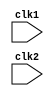
module risc_pro(clk1,clk2);
input     clk1,clk2;                            //Two phase clock
reg[31:0] pc,if_id_ir,if_id_npc;
reg[31:0] id_ex_ir,id_ex_npc,id_ex_a,id_ex_b,id_ex_imm;
reg[2:0]  id_ex_type,ex_mem_type,mem_wb_type;
reg[31:0] ex_mem_ir,ex_mem_aluout,ex_mem_b;
reg       ex_mem_cond;
reg[31:0] mem_wb_ir,mem_wb_aluout,mem_wb_lmd;

reg[31:0] Reg [0:31];
reg[31:0] Mem [0:1023];

parameter ADD=6'b000000, SUB=6'b000001, AND=6'b000010, OR=6'b000011, SLT=6'b000100, MUL=6'b000101, HLT=6'b111111, 
      LW=6'b001000,SW=6'b001001, ADDI=6'b001010, SUBI=6'b001011, SLTI=6'b001100, BNEQZ=6'b001101, BEQZ=6'b001110;
parameter RR_ALU=3'b000,RM_ALU=3'b001,LOAD=3'b010,STORE=3'b011,BRANCH=3'b100,HALT=3'b101; 

reg halted;
reg taken_branch;

always @(posedge clk1)
if(halted==0)
begin 
if(((ex_mem_ir[31:26]==BEQZ)&&(ex_mem_cond==1)) || ((ex_mem_ir[31:26]==BNEQZ)&&(ex_mem_cond==0)))
begin
if_id_ir <= #2 Mem[ex_mem_aluout];
taken_branch <= #2 1'b1;
if_id_npc <= #2 ex_mem_aluout+1;
pc <= #2 ex_mem_aluout+1;
end
else
begin
if_id_ir <= #2 Mem[pc];
if_id_npc <= #2 pc+1;
pc <= #2 pc+1;
end
end

always @(posedge clk2)
if (halted==0)
begin
if(if_id_ir[25:21]==5'b00000) 
id_ex_a<=0;
else 
id_ex_a <= #2 Reg[if_id_ir[25:21]];  //rs

if(if_id_ir[20:16]==5'b00000) 
id_ex_b<=0;
else 
id_ex_b <= #2 Reg[if_id_ir[20:16]]; //rt

id_ex_npc <= #2 if_id_npc;
id_ex_ir <= #2 if_id_ir;
id_ex_imm <= #2 {{16{if_id_ir[15]}}, {if_id_ir[15:0]}};

case(if_id_ir[31:26])
 ADD,SUB,AND,OR,SLT,MUL: id_ex_type <= #2 RR_ALU;
 ADDI,SUBI,SLTI        : id_ex_type <= #2 RM_ALU;
 LW                    : id_ex_type <= #2 LOAD;
 SW                    : id_ex_type <= #2 STORE;
 BNEQZ,BEQZ            : id_ex_type <= #2 BRANCH;
 HLT                   : id_ex_type <= #2 HALT;
 default               : id_ex_type <= #2 HALT;
endcase
end

always @(posedge clk1)
if (halted==0)
begin
ex_mem_type<= #2 id_ex_type;
ex_mem_ir<= #2 id_ex_ir;
taken_branch<= #2 0;


case(id_ex_type)
RR_ALU: begin
        case(id_ex_ir[31:26])
        ADD: ex_mem_aluout <= id_ex_a + id_ex_b;
        SUB: ex_mem_aluout <= id_ex_a - id_ex_b;
        AND: ex_mem_aluout <= id_ex_a & id_ex_b;
        OR : ex_mem_aluout <= id_ex_a | id_ex_b;
        SLT: ex_mem_aluout <= id_ex_a < id_ex_b;
        MUL: ex_mem_aluout <= id_ex_a * id_ex_b;
        default: ex_mem_aluout <= 32'hxxxxxxxx;
        endcase
end

RM_ALU: begin
        case(id_ex_ir[31:26])
        ADDI: ex_mem_aluout <= #2 id_ex_a + id_ex_imm;
        SUBI: ex_mem_aluout <= #2 id_ex_a - id_ex_imm;
        SLTI: ex_mem_aluout <= #2 id_ex_a < id_ex_imm;
        default: ex_mem_aluout <= 32'hxxxxxxxx;
        endcase
end

LOAD, STORE: begin
             ex_mem_aluout <= #2 id_ex_a + id_ex_imm;
             ex_mem_b <= #2 id_ex_b;
             end

BRANCH: begin
        ex_mem_aluout <= #2 id_ex_npc + id_ex_imm;
        ex_mem_b <= #2 (id_ex_a==0);
        end
endcase
end

always @(posedge clk2)
if(halted==0)
begin
mem_wb_type <= ex_mem_type;
mem_wb_ir <= #2 ex_mem_ir;

case(ex_mem_type)
RR_ALU,RM_ALU : mem_wb_aluout <= #2 ex_mem_aluout;
LOAD: mem_wb_lmd <= #2 Mem[ex_mem_aluout];
STORE: if(taken_branch==0)
       Mem[ex_mem_aluout] <= #2 ex_mem_b;
endcase
end

always @(posedge clk1)
begin
if(taken_branch==0)
case(mem_wb_type)
RR_ALU: Reg[mem_wb_ir[15:11]] <= #2 mem_wb_aluout;
RM_ALU: Reg[mem_wb_ir[20:16]] <= #2 mem_wb_aluout;
LOAD:  Reg[mem_wb_ir[20:16]] <= #2 mem_wb_lmd;
HALT: halted <= #2 1'b1;
endcase
end
endmodule